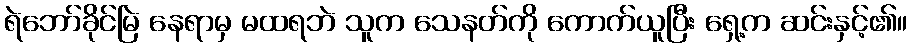
ရဲဘော်ခိုင်မြဲ နေရာမှ မထရဘဲ သူက သေနတ်ကို ကောက်ယူပြီး ရှေ့က ဆင်းနှင့်၏။